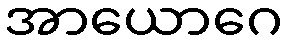
အာယောဂေ